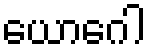
ယောဂေါ